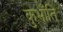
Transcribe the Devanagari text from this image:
कुभाँति